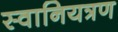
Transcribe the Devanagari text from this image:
स्वानियत्रण